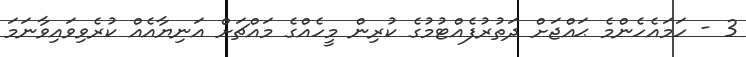
3 - ހަމައެހެންމެ ޙައްޖަށް ދަތުރުފެއްޓުމުގެ ކުރިން މީހެއްގެ މައްޗަށް އަނިޔާއެއް ކުރެވިވައިވާނަމަ